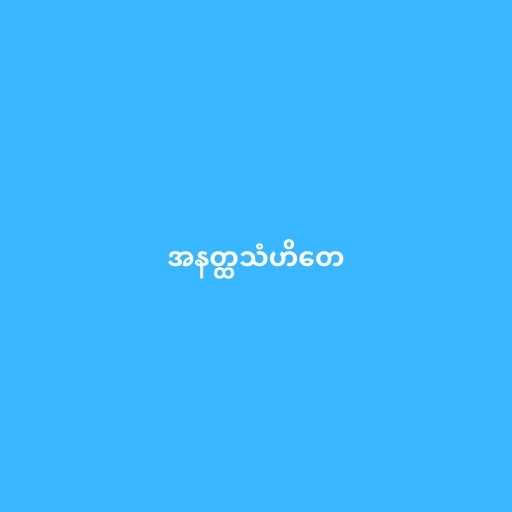
အနတ္ထသံဟိတေ